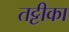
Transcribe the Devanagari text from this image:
तट्टीका